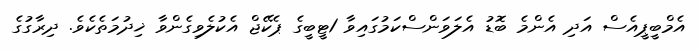
އެމްބީޕީއެސް އަދި އެންމެ ބޮޑު އެލަވަންސްކަމުގައިވާ 1ޓީބީގެ ޕެކޭޖް އެކުލެވިގެންވާ ޚިދުމަތެކެވެ. ދިރާގުގެ